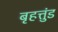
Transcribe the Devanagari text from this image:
बृहत्तुंड